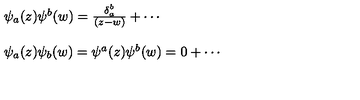
\begin{array} { l } { \psi _ { a } ( z ) \psi ^ { b } ( w ) = \frac { \delta _ { a } ^ { b } } { ( z - w ) } + \cdots } \\ { \ } \\ { \psi _ { a } ( z ) \psi _ { b } ( w ) = \psi ^ { a } ( z ) \psi ^ { b } ( w ) = 0 + \cdots } \\ \end{array}